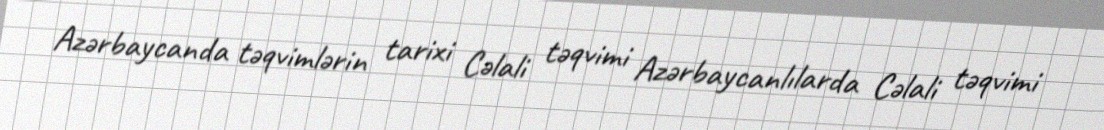
Azərbaycanda təqvimlərin tarixi Cəlali təqvimi Azərbaycanlılarda Cəlali təqvimi